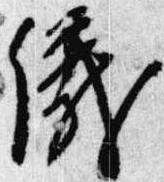
儀